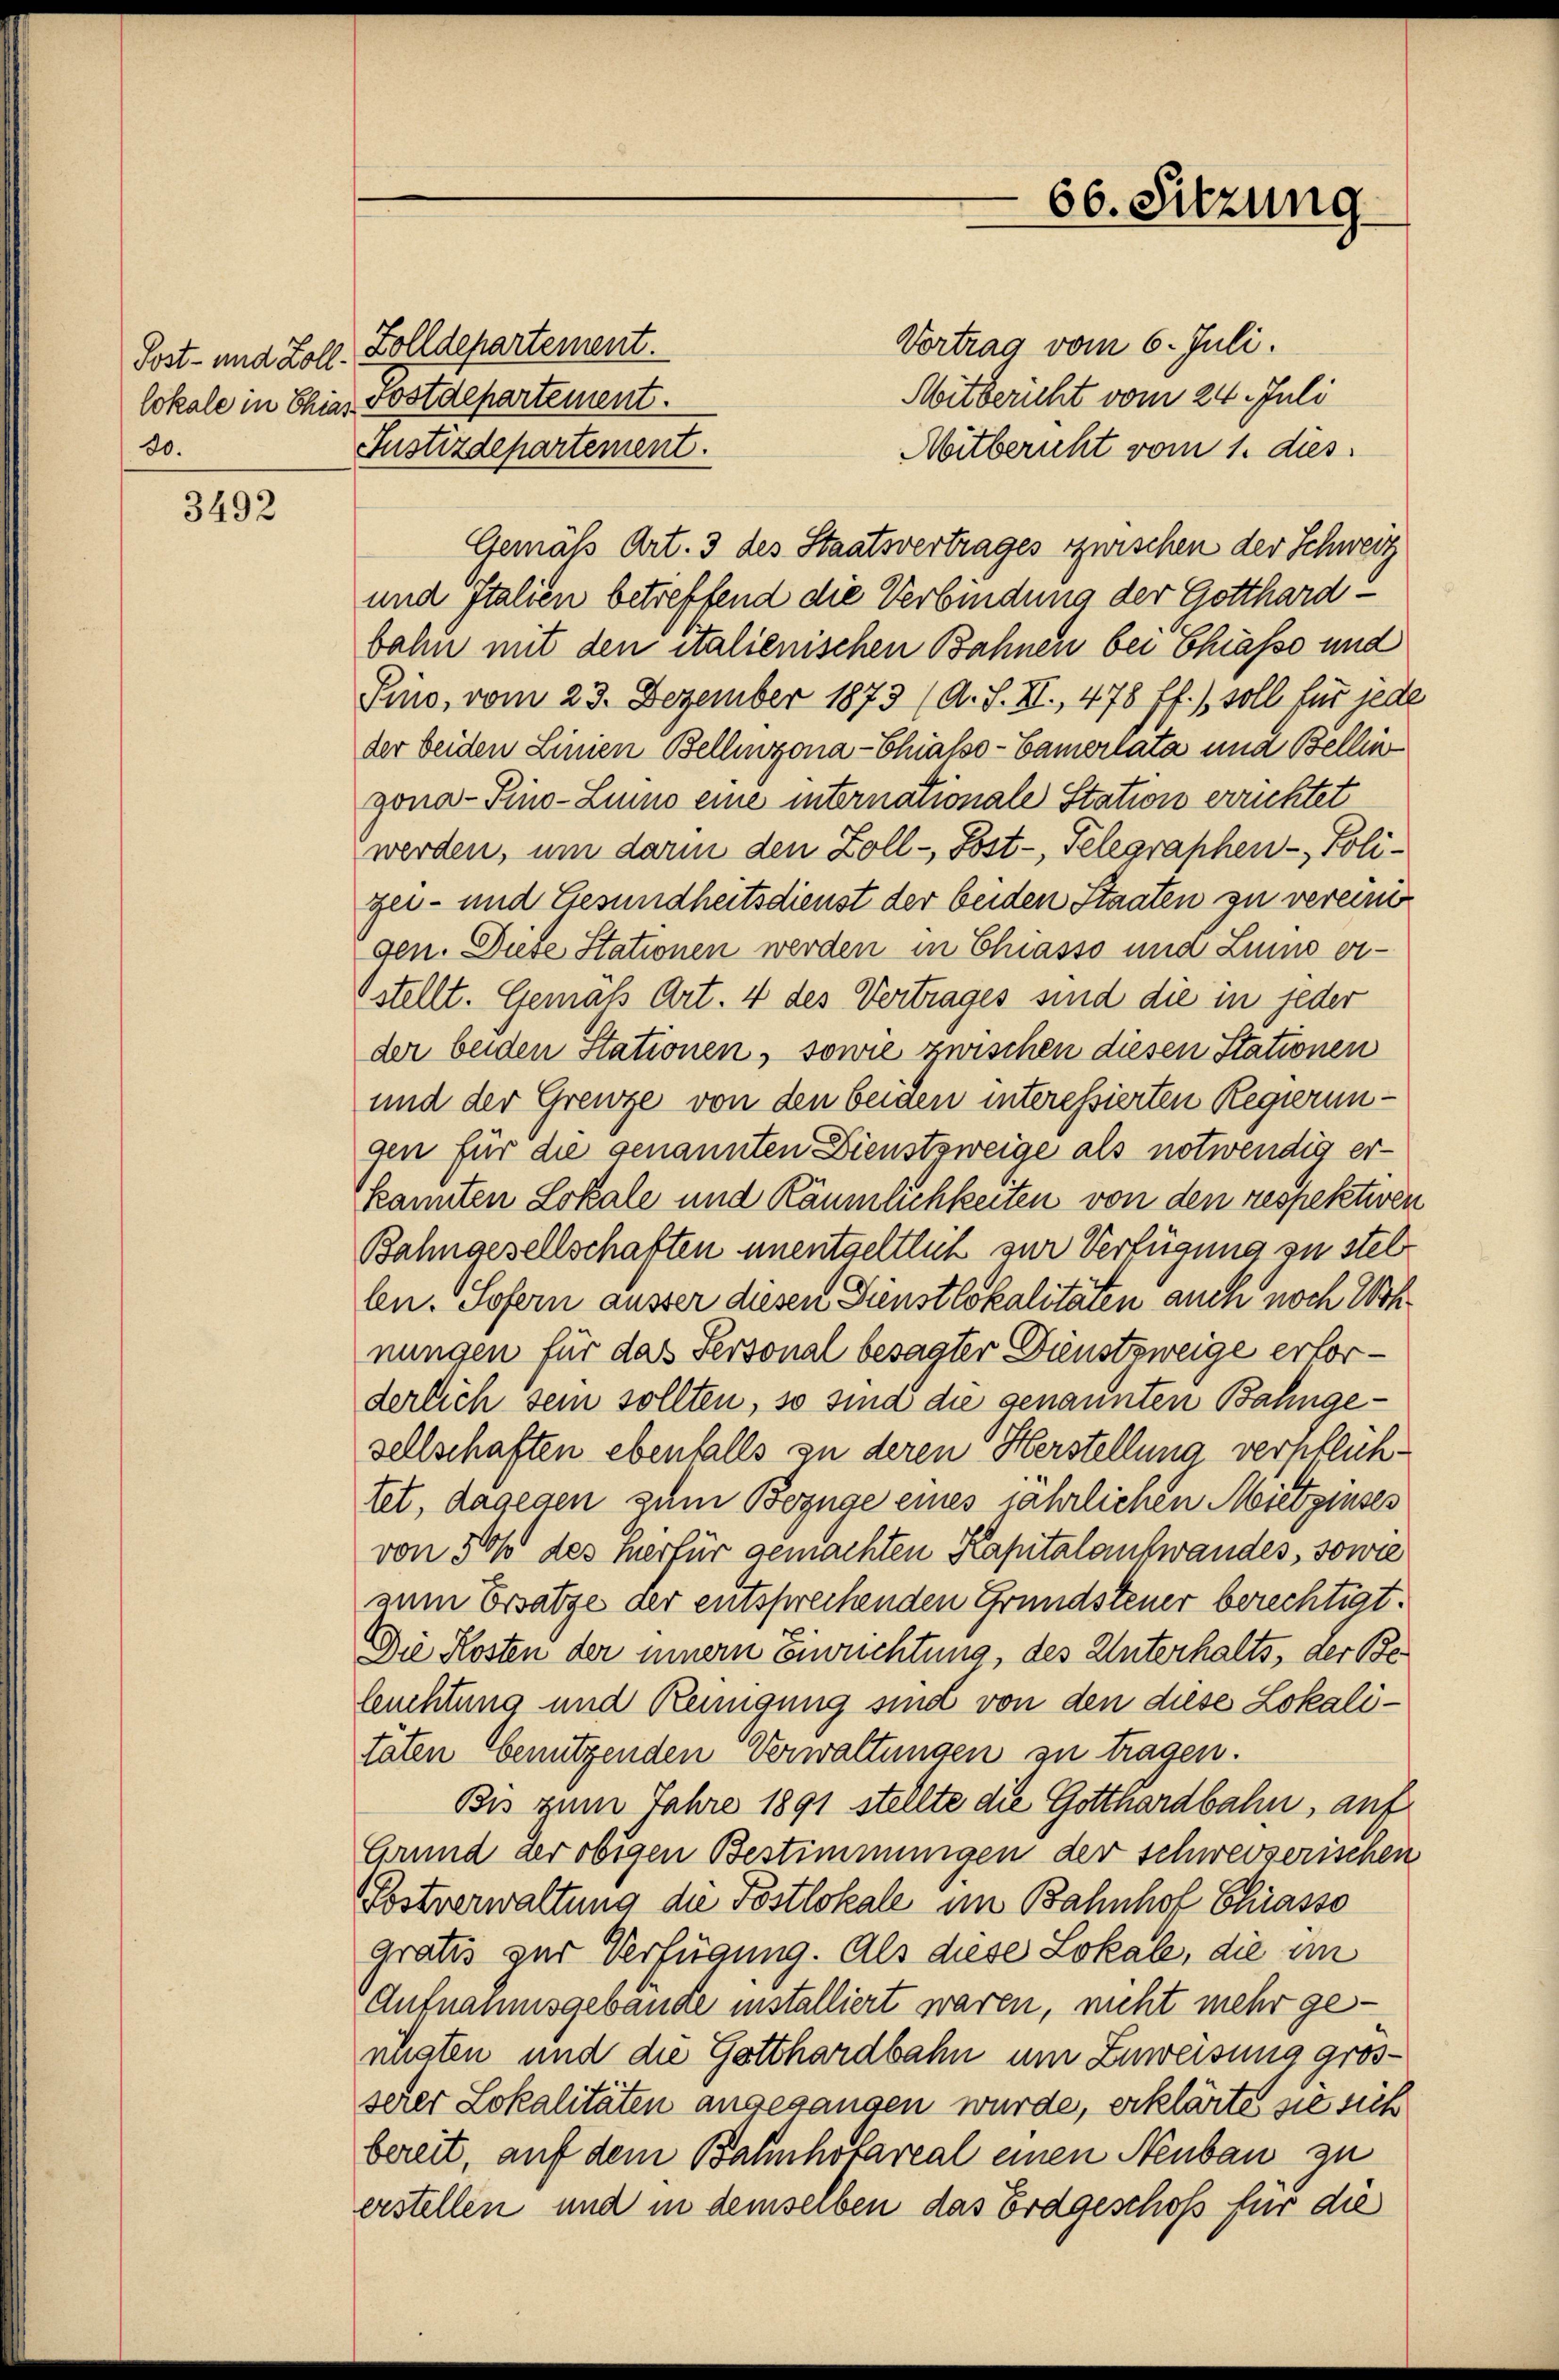
lokale in Chias
20.

3492

Vortrag vom 6. Juli.
Post- und Zoll. Zolldepartement.
Mitbericht vom 24. Juli
Postdepartement.
Justizdepartement.
Mitbericht vom 1. dies
Gemäß Art. 3 des Staatsvertrages zwischen der Schweiz
und Italien betreffend die Verbindung der Gotthardbahn mit den italienischen Bahnen bei Chiasso und
Pino, vom 23. Dezember 1873 (A. S. II., 478 ff.) soll für jede
der beiden Linien Bellinzona-Chiasso-Camerlata una Bellin
gona-Pino-Lino eine internationale Station errichtet
werden, um darin den Zoll - Post-, Telegraphen - Poliger- und Gesundheitsdienst der beiden Staaten zu vereini
gen. Diese Stationen werden in Chiasso und Luino erstellt. Gemäß Art. 4 des Vertrages sind die in jeder
der beiden Stationen, sowie zwischen diesen Stationen
und der Grenze von den beiden interessierten Regierungen für die genannten Dienstzweige als notwendig erkannten Lokale und Räumlichkeiten von den respektiven
Bahngesellschaften unentgeltlich zur Verfügung zu stel
len. Sofern ausser diesen Dienstlokalitäten auch noch Wohnungen für das Personal besagter Dienstzweige erforderlich sein sollten, so sina die genannten Bahngesellschaften ebenfalls zu deren Herstellung verpflichtet, dagegen zum Bezüge eines jährlichen Mietzinses
von 500 des herfür gemachten Kapitalankwandes, sowie
zum Ersatze der entsprechenden Grundsteuer berechtigt.
Die Kosten der innern Einrichtung, des Unterhalts, der Beleuchtung und Reinigung sind von den diese Lokalitäten benützenden Verwaltungen zu tragen.
Bis zum Jahre 1891 stellte die Gotthardbahn, auf
Grund der obigen Bestimmungen der schweizerischen
Postverwaltung die Postlokale im Bahnhof Chiasso
gratis zur Verfügung. Als diese Lokale, die im
Aufnaumsgebäude installiert waren, nicht mehr genigten und die Gotthardbahn um Zuweisung grosserer Lokalitäten angegangen wurde, erklärte sie sich
bereit auf dem Bahnhofareal einen Neubau zu
erstellen und in demselben das Erdgeschoß für die

66. Sitzung